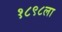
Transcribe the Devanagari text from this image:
१८९८ला